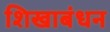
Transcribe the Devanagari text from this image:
शिखाबंधन